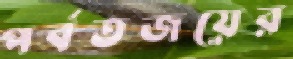
পর্বতজয়ের